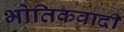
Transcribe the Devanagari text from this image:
भोतिकवादी